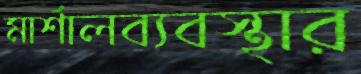
মার্শালব্যবস্থার